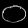
Digit: ၀